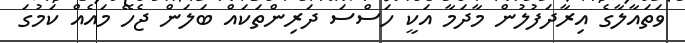
ވަތައާލާގެ އިރާދަފުލުން މާދަމާ އަކީ ހަސްސަ ދަރިންތަކައް ބަލަން ޖެހޭ މައެއް ކަމުގަ